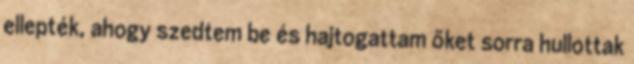
ellepték, ahogy szedtem be és hajtogattam őket sorra hullottak